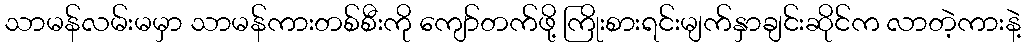
သာမန်လမ်းမမှာ သာမန်ကားတစ်စီးကို ကျော်တက်ဖို့ ကြိုးစားရင်းမျက်နှာချင်းဆိုင်က လာတဲ့ကားနဲ့